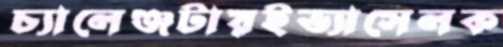
চ্যালেঞ্জটায়ইভ্যাসেলক